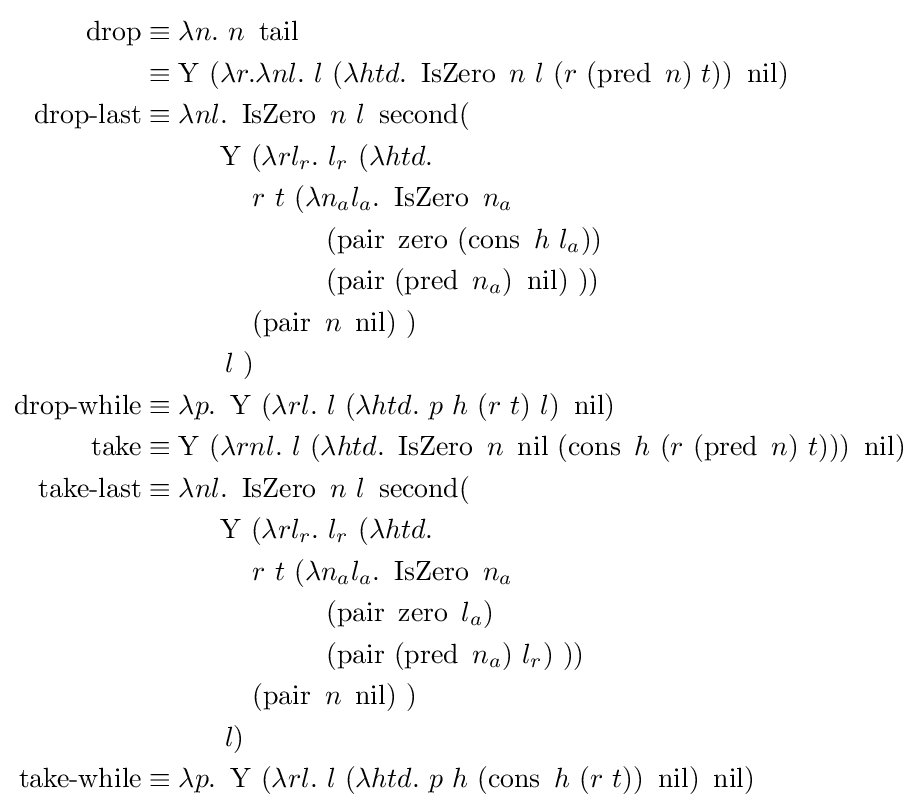
{\begin{aligned}\operatorname {drop} &\equiv \lambda n.\ n\ \operatorname {tail} \\&\equiv \operatorname {Y} \ (\lambda r.\lambda nl.\ l\ (\lambda htd.\ \operatorname {IsZero} \ n\ l\ (r\ (\operatorname {pred} \ n)\ t))\ \operatorname {nil} )\\\operatorname {drop-last} &\equiv \lambda nl.\ \operatorname {IsZero} \ n\ l\ \operatorname {second} (\\&\ \ \ \ \ \ \ \ \operatorname {Y} \ (\lambda rl_{r}.\ l_{r}\ (\lambda htd.\\&\ \ \ \ \ \ \ \ \ \ \ \ r\ t\ (\lambda n_{a}l_{a}.\ \operatorname {IsZero} \ n_{a}\\&\ \ \ \ \ \ \ \ \ \ \ \ \ \ \ \ \ \ \ \ (\operatorname {pair} \ \operatorname {zero} \ (\operatorname {cons} \ h\ l_{a}))\\&\ \ \ \ \ \ \ \ \ \ \ \ \ \ \ \ \ \ \ \ (\operatorname {pair} \ (\operatorname {pred} \ n_{a})\ \operatorname {nil} )\ ))\\&\ \ \ \ \ \ \ \ \ \ \ \ (\operatorname {pair} \ n\ \operatorname {nil} )\ )\\&\ \ \ \ \ \ \ \ \ l\ )\\\operatorname {drop-while} &\equiv \lambda p.\ \operatorname {Y} \ (\lambda rl.\ l\ (\lambda htd.\ p\ h\ (r\ t)\ l)\ \operatorname {nil} )\\\operatorname {take} &\equiv \operatorname {Y} \ (\lambda rnl.\ l\ (\lambda htd.\ \operatorname {IsZero} \ n\ \operatorname {nil} \ (\operatorname {cons} \ h\ (r\ (\operatorname {pred} \ n)\ t)))\ \operatorname {nil} )\\\operatorname {take-last} &\equiv \lambda nl.\ \operatorname {IsZero} \ n\ l\ \operatorname {second} (\\&\ \ \ \ \ \ \ \ \operatorname {Y} \ (\lambda rl_{r}.\ l_{r}\ (\lambda htd.\\&\ \ \ \ \ \ \ \ \ \ \ \ r\ t\ (\lambda n_{a}l_{a}.\ \operatorname {IsZero} \ n_{a}\\&\ \ \ \ \ \ \ \ \ \ \ \ \ \ \ \ \ \ \ \ (\operatorname {pair} \ \operatorname {zero} \ l_{a})\\&\ \ \ \ \ \ \ \ \ \ \ \ \ \ \ \ \ \ \ \ (\operatorname {pair} \ (\operatorname {pred} \ n_{a})\ l_{r})\ ))\\&\ \ \ \ \ \ \ \ \ \ \ \ (\operatorname {pair} \ n\ \operatorname {nil} )\ )\\&\ \ \ \ \ \ \ \ \ l)\\\operatorname {take-while} &\equiv \lambda p.\ \operatorname {Y} \ (\lambda rl.\ l\ (\lambda htd.\ p\ h\ (\operatorname {cons} \ h\ (r\ t))\ \operatorname {nil} )\ \operatorname {nil} )\end{aligned}}